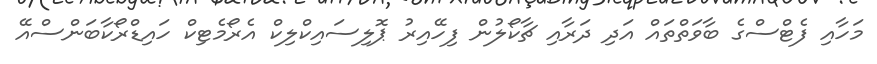
މަހާއި ފެޓްސްގެ ބާވަތްތައް އަދި ދަރާއި ޗާކޯލުން ފިހޭއިރު ޕޮލިސައިކްލިކް އެރޯމެޓިކް ހައިޑްރޯކާބަންސްއޭ